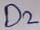
Text: D2